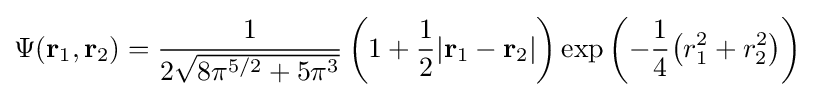
\Psi (\mathbf {r} _{1},\mathbf {r} _{2})={\frac {1}{2{\sqrt {8\pi ^{5/2}+5\pi ^{3}}}}}\left(1+{\frac {1}{2}}|\mathbf {r} _{1}-\mathbf {r} _{2}|\right)\exp \left(-{\frac {1}{4}}{\big (}r_{1}^{2}+r_{2}^{2}{\big )}\right)